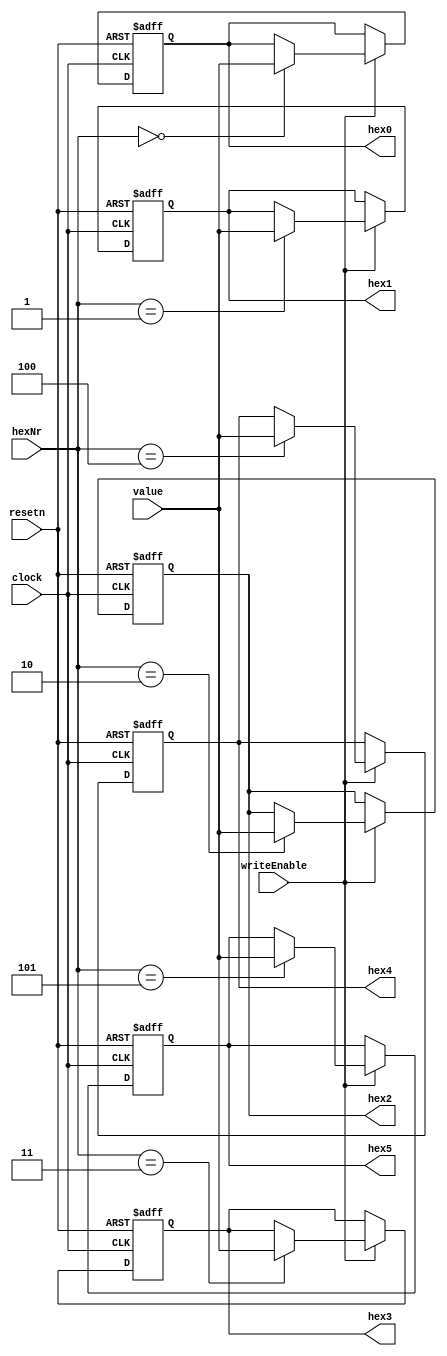
module hexDisplay (
	clock,
	resetn,
	writeEnable,
	hexNr,
	value,
	hex0,
	hex1,
	hex2,
	hex3,
	hex4,
	hex5
);
	input clock, resetn, writeEnable;
	input [2:0] hexNr;
	input [6:0] value;
	output reg [6:0] hex0;
	output reg [6:0] hex1;
	output reg [6:0] hex2;
	output reg [6:0] hex3;
	output reg [6:0] hex4;
	output reg [6:0] hex5;
	
	always @(posedge clock or negedge resetn)
	begin
		if (!resetn)
		begin
			hex0 = 7'h0;
         hex1 = 7'h0;
         hex2 = 7'h0;
         hex3 = 7'h0;
         hex4 = 7'h0;
         hex5 = 7'h0;
		end
		else
		begin
			if (writeEnable)
			begin
				case (hexNr)
					3'h0: hex0 = value;
					3'h1: hex1 = value;
					3'h2: hex2 = value;
					3'h3: hex3 = value;
					3'h4: hex4 = value;
					3'h5: hex5 = value;
				endcase
			end
		end
	end
endmodule